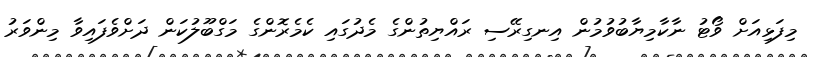
މިފަޅިއަށް ވޯޓު ނާކާމިޔާބުވުމުން އިނގިރޭސި ރައްޔިތުންގެ މެދުގައި ކެމެރޮންގެ މަގްބޫލުކަން ދަށްވެފައިވާ މިންވަރު